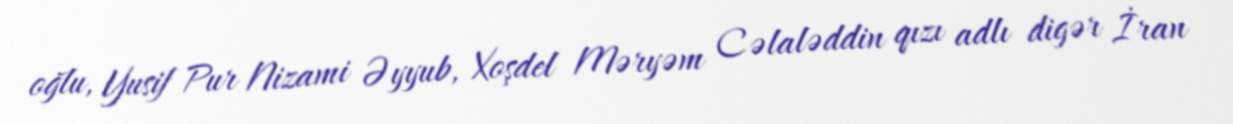
oğlu, Yusif Pur Nizami Əyyub, Xoşdel Məryəm Cəlaləddin qızı adlı digər İran